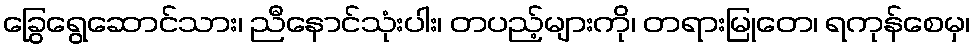
ခြွေရွေဆောင်သား၊ ညီနောင်သုံးပါး၊ တပည့်များကို၊ တရားမြုတေ၊ ရကုန်စေမှ၊